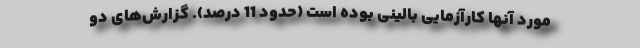
مورد آنها کارآزمایی بالینی بوده است (حدود 11 درصد). گزارش‌‌های دو